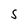
Character: S